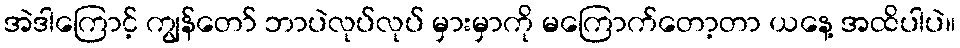
အဲဒါကြောင့် ကျွန်တော် ဘာပဲလုပ်လုပ် မှားမှာကို မကြောက်တော့တာ ယနေ့ အထိပါပဲ။